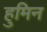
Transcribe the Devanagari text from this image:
हुमिन